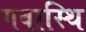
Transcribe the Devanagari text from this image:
गवास्थि